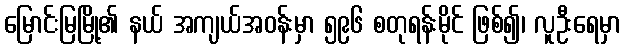
မြောင်းမြမြို့၏ နယ် အကျယ်အဝန်းမှာ ၅၉၆ စတုရန်းမိုင် ဖြစ်၍၊ လူဦးရေမှာ